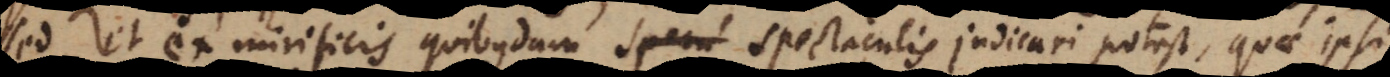
et ex mirificis quibusdam spectaculis judicari potest, quae ipsi